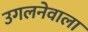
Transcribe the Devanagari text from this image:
उगलनेवाला